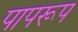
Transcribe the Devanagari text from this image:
पापरूप